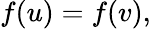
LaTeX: f(u)=f(v),